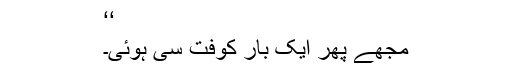
‘‘
مجھے پھر ایک بار کوفت سی ہوئی۔